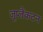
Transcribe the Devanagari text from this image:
जूप्लैंकटन